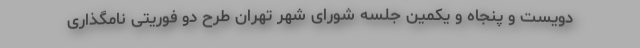
دویست و پنجاه و یکمین جلسه شورای شهر تهران طرح دو فوریتی نامگذاری